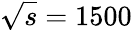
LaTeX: \sqrt{s}=1500